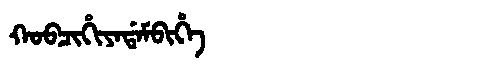
Manchu: ᡴᠣᠪᠴᡳᡥᡳᠶᠠᡩᠠᠮᠪᡳᡥᡝ
Romanization: KOBCIHIYADAMBIHE